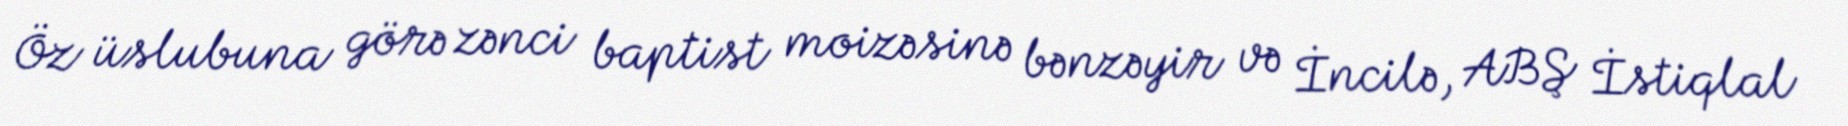
Öz üslubuna görə zənci baptist moizəsinə bənzəyir və İncilə, ABŞ İstiqlal